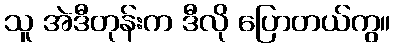
သူ အဲဒီတုန်းက ဒီလို ပြောတယ်ကွ။